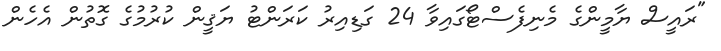
"ރައީސް ޔާމީންގެ މެނިފެސްޓޯގައިވާ 24 ގަޑިއިރު ކަރަންޓު ޔަޤީން ކުރުމުގެ ގޮތުން އެހެން